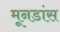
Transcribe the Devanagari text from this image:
मूनडांस